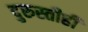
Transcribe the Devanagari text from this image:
दुरुस्तीही